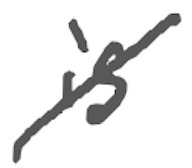
Text: is
Cross-out: diagonal
Writing tool: digital_gray